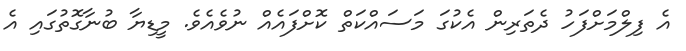
އެ ފިލްމަށްފަހު ދެތަރިން އެކުގަ މަސައްކަތް ކޮށްފައެއް ނުވެއެވެ. މީޑިޔާ ބުނާގޮތުގައި އެ